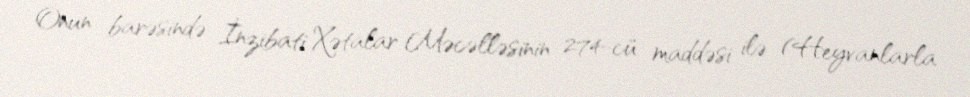
Onun barəsində İnzibati Xətalar Məcəlləsinin 274-cü maddəsi ilə (Heyvanlarla